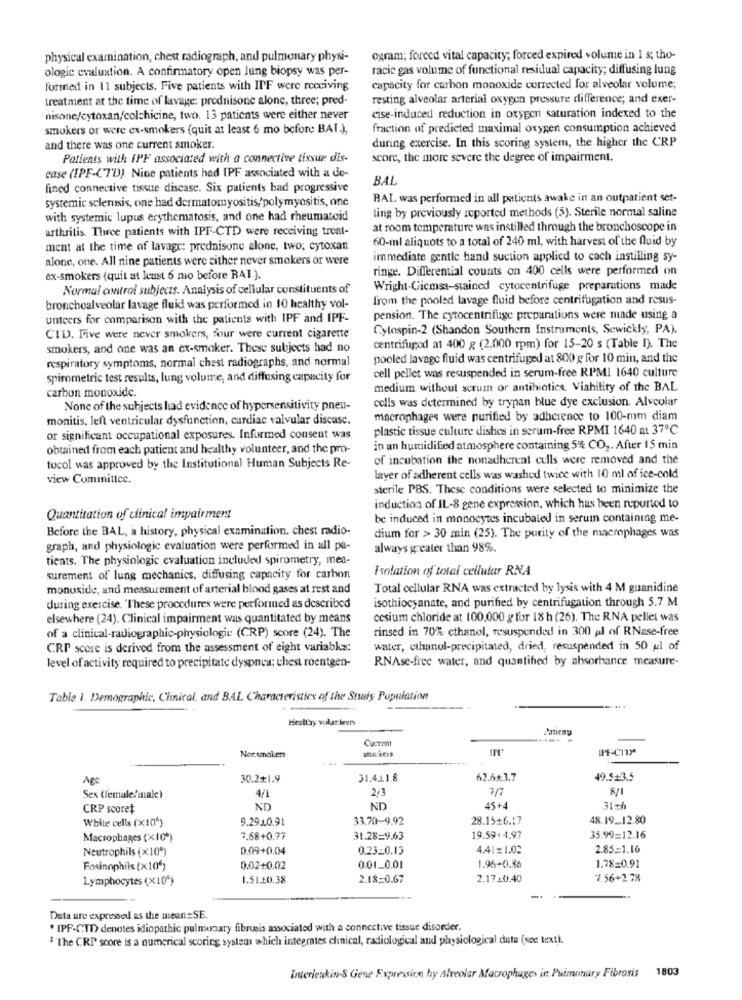
physical examination, chest radiograph, and pulmonary physi-
ogram; forced vital capacity; forced expired volume in 1 s; tho-
ologie evaluation. A confirmatory open lung biopsy was per-
racie gas volume of functional residual capacity; diffusing lung
formed in 11 subjects. Five patients with IPF were receiving
capacity for carbon monoxide corrected for alveolar volume;
treatment at the time of lavage: prednisone alone, three; pred-
resting alveolar arterial oxygen pressure difference; and exer-
nisone/cytoxan/colchicine, two. 13 patients were either never
cise-induced reduction in oxygen saturation indexed to the
smokers or were ex-smokers (quit at least 6 mo before BAI.),
fraction of predicted maximal oxygen consumption achieved
during exercise. In this scoring system, the higher the CRP
and there was one current smoker.
Patients with IPF associated with a connective tissue dis-
score, the more severe the degree of impairment.
case (IPF-CT'D). Nine patients had IPF associated with a de-
BAL
fined connective tissue discase. Six patients had progressive
systemic sclerosis, one had dermatomyositis/polymyositis, one
BAL was performed in all patients awake in an outpatient set-
ling by previously reported methods (5). Sterile normal saline
with systemic lupus erythematosis, and one had rheumatoid
arthritis. Three patients with IPF-CTD were receiving trent-
at room temperature was instilled through the bronchoscope in
60-ml aliquots to a total of 240 ml, with harvest of the fluid by
ment at the time of lavage: prednisone alone, two; cytoxan
alone, one. All nine patients were either never smokers or were
immediate gentle hand suction applied to cach instilling sy-
ringe. Differential counts on 400 cells were performed on
ex-smokers (quit at least 6 mo before RAI.).
Normal control subjects. Analysis of cellular constituents of
Wright-Giemsa-stained cytocentrifuge preparations made
from the pooled lavage fluid before centrifugation and resus-
bronchoalveolar lavage fluid was performed in 10 healthy vol-
unteers for comparison with the patients with IPF and IPF-
pension. The cytocentrifuge preparations were made using a
Cytospin-2 (Shandon Southern Instruments, Sewickly, PA).
CTD. Five were never smokers, four were current cigarette
smokers, and one was an ex-smoker. These subjects had no
centrifuged at 400 g (2,000 rpm) for 15-20 s (Table I). The
respiratory symptoms, normal chest radiographs, and normal
pooled lavage fluid was centrifuged at 800 g for 10 min, and the
cell pellet was resuspended in serum-free RPMI 1640 culture
spirometric test results, lung volume, and diffusing capacity for
carbon monoxide.
medium without scrum or antibiotics. Viability of the BAL
cells was determined by trypan blue dye exclusion. Alveolar
None of the subjects had evidence of hypersensitivity pneu-
monitis, left ventricular dysfunction, cardiac valvular discasc.
macrophages were purified by adherence to 100-mm diam
plastic tissue culture dishes in serum-free RPMI 1640 at 37℃
or significant occupational exposures. Informed consent was
obtained from each patient and healthy volunteer, and the pro-
in an humidified atmosphere containing 5% CO2. After 15 min
of incubation the nonadherent cells were removed and the
tocol was approved by the Institutional Human Subjects Re-
view Committee.
layer of adherent cells was washed twice with 10 ml of ice-cold
sterile PBS. These conditions were selected to minimize the
induction of IL-8 gene expression, which has been reported to
Quantitation of clinical impairment
be induced in monocytes incubated in serum containing me-
Before the BAL, a history, physical examination, chest radio-
dium for > 30 min (25). The purity of the macrophages was
graph, and physiologic evaluation were performed in all pa-
always greater than 98%.
tients. The physiologic evaluation included spirometry, mea-
Isolation of total cellular RNA
surement of lung mechanics, diffusing capacity for carbon
monoxide, and measurement of arterial blood gases at rest and
Total cellular RNA was extracted by lysis with 4 M guanidine
during exercise. "These procedures were performed as described
isothiocyanate, and purified by centrifugation through 5.7 M
elsewhere (24). Clinical impairment was quantitated by means
cesium chloride at 100.000 g for 18 h (26). The RNA pellet was
rinsed in 70% ethanol, resuspended in 300 al of RNase-free
of a clinical-radiographic-physiologie (CRP) score (24). The
CRP score is derived from the assessment of eight variabks:
water, cthanol-precipitated, dried, resuspended in 50 ul of
RNAse-free water, and quantified by ahsorhance measure-
level of activity required to precipitate dyspnea; chest roentgen-
Table i. Demographic. Clinical, and BAL Characteristics of the Shuis Population
Healthy volar leers
Patien'y
Current
Nor smokers
.-
Age
30.2+1.9
31.4.11.8
62.6*3.7
49.5+3.5
2/3
7/7
Sex (lemale!male)
4/1
CRP scoret
ND
ND
45 +4
31+6
White cells (X10")
9.291.0.91
33.70-9.92
28.15+6.17
48.19_12.80
Macrophages (x10")
7.68+0,77
31.28=9.63
19.59+ 4,97
35.99=12.16
Neutrophils (x10")
0.09+0.04
0.2320.13
4.41+1.02
2.85=1.16
Foxinophils (x106)
0.02+0,02
0.01_0.01
1.96+0.86
1.78=0.91
Lymphocytes (X10^)
1.51.20.38
2.18-0.67
2.1710.40
1.56+2.78
Data are expressed as the mean=SE.
* IPF-CTD denotes idiopathic pulmonary fibrueis associated with a connective tissue disorder.
""The CRP score is a numerical scoring system which integrates clinical, radiological and playsiological data (see text).
Interleukin-S Gene Expression by Alveolar Macrophages in Puimunary Fibrosis 1803